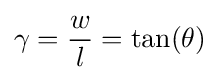
\gamma ={\frac {w}{l}}=\tan(\theta )